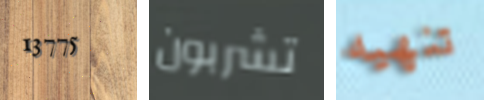
13775 تشربون تنهيه